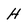
Character: H